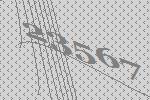
23567